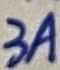
Text: 3A